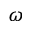
\omega